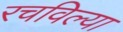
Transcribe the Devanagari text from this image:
रचविल्या